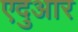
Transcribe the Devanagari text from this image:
एदुआर